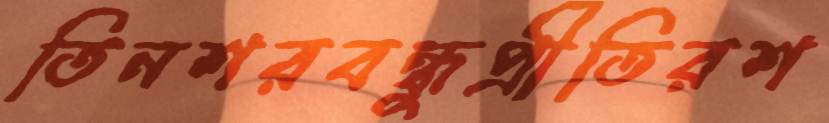
তিনশরবন্ধুপ্রীতিরশ